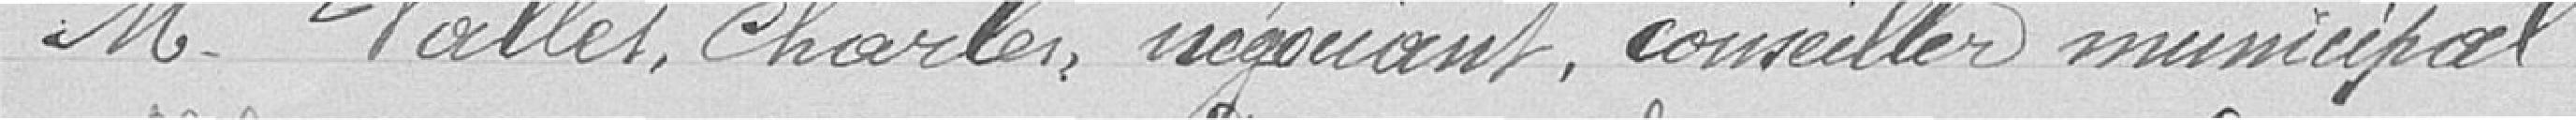
Monsieur Valles Charles, négociant, conseiller municipal